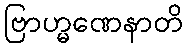
ဗြာဟ္မဏေနာတိ